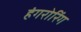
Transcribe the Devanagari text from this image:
हंगरोरिंग